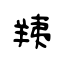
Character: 羠